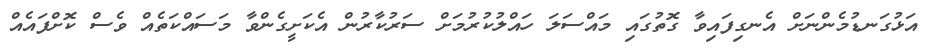
އަޅުގަނޑުމެންނަށް އެނގިފައިވާ ގޮތުގައި މައްސަލަ ހައްލުކުރުމަށް ސަރުކާރުން އެކަށީގެންވާ މަސައްކަތެއް ވެސް ކޮށްފައެއް